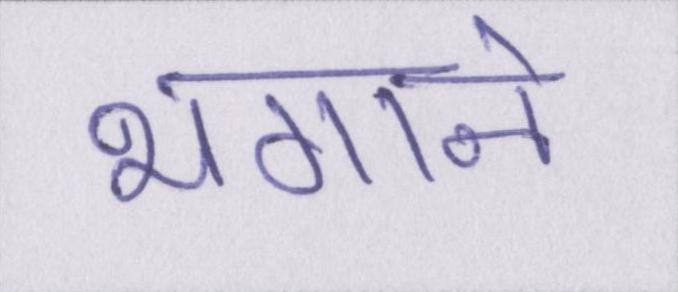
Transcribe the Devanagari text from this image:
भगाने